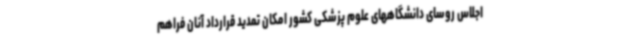
اجلاس روسای دانشگاههای علوم پزشکی کشور امکان تمدید قرارداد آنان فراهم